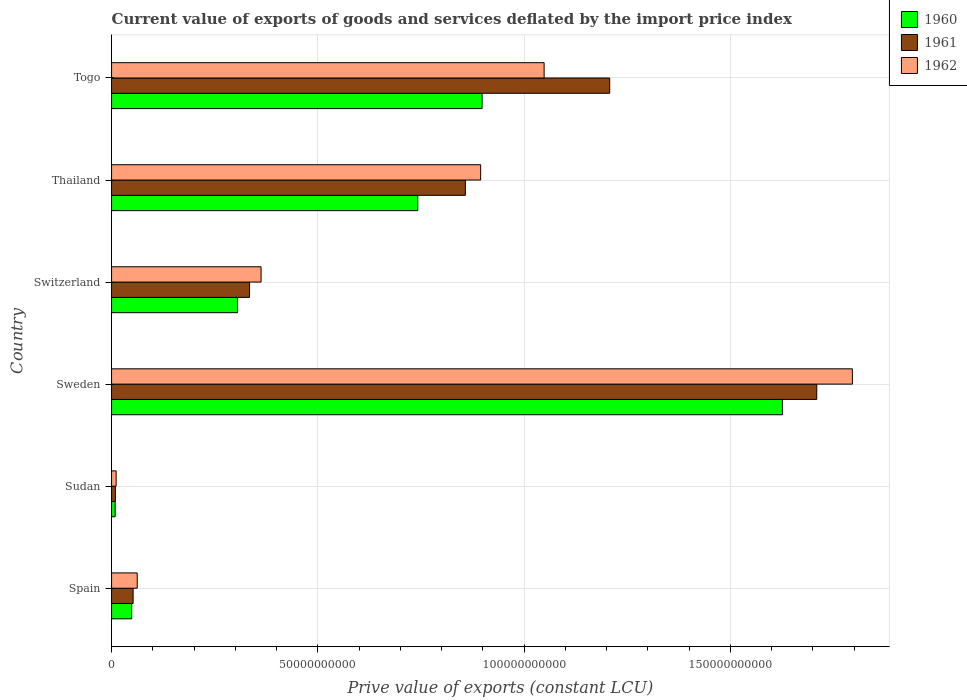
| Country | 1960 | 1961 | 1962 |
 | --- | --- | --- | --- |
 | Spain | 4.88e+09 | 5.23e+09 | 6.22e+09 |
 | Sudan | 8.72e+08 | 9.32e+08 | 1.11e+09 |
 | Sweden | 1.63e+11 | 1.71e+11 | 1.8e+11 |
 | Switzerland | 3.05e+10 | 3.34e+10 | 3.62e+10 |
 | Thailand | 7.42e+10 | 8.58e+10 | 8.95e+10 |
 | Togo | 8.98e+10 | 1.21e+11 | 1.05e+11 |